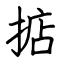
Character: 掂